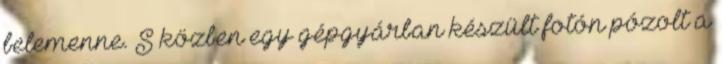
belemenne. S közben egy gépgyárban készült fotón pózolt a